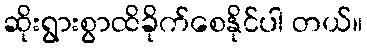
ဆိုးရွားစွာထိခိုက်စေနိုင်ပါ တယ်။